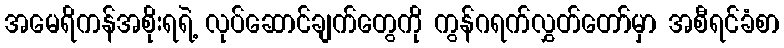
အမေရိကန်အစိုးရရဲ့ လုပ်ဆောင်ချက်တွေကို ကွန်ဂရက်လွှတ်တော်မှာ အစီရင်ခံစာ